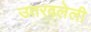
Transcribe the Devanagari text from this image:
उतरवलेली